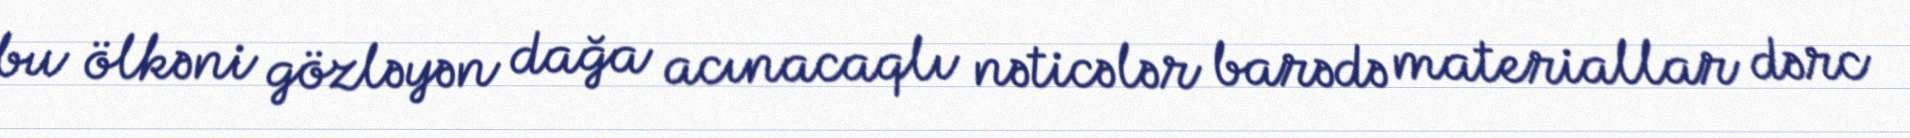
bu ölkəni gözləyən dağa acınacaqlı nəticələr barədə materiallar dərc